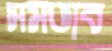
সমভাব